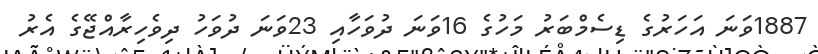
1887ވަނަ އަހަރުގެ ޑިސެމްބަރު މަހުގެ 16ވަނަ ދުވަހާއި 23ވަނަ ދުވަހު ދިވެހިރާއްޖޭގެ އެރު